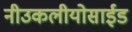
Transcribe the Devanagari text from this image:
नीउकलीयोसाईड